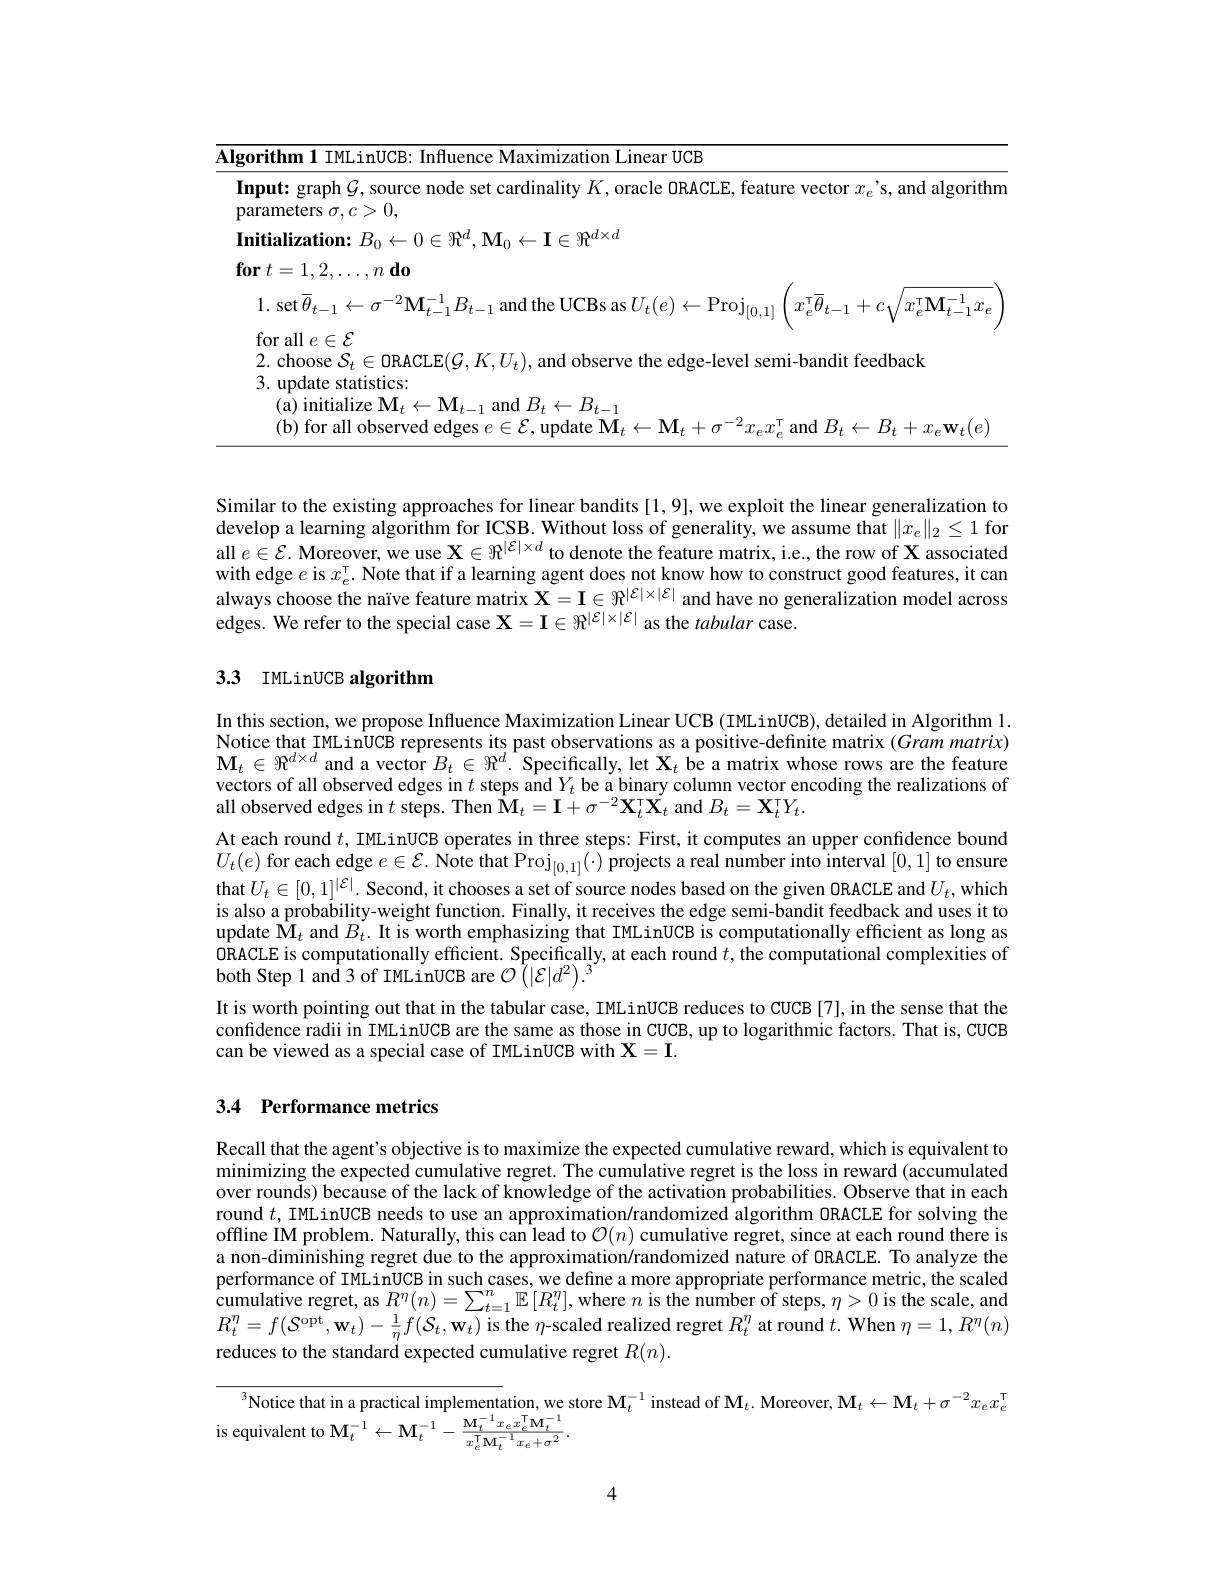
<table>
	<tbody>
		<tr>
			<td>$|gorithm||M|.in||CR.$ $\cdot|nHlenc$ $e$ Maximization Linear UCB</td>
			<td>$\overline{\mathbf{Alg}}$</td>
			<td>$\Upsilon n$ ${\mathrm{e~Maximization~Linear~UCB}}$</td>
		</tr>
		<tr>
			<td> </td>
			<td> </td>
			<td>$P$ $\cdot \textbf{W}, ( \rho$</td>
		</tr>
	</tbody>
</table>

Similar to the existing approaches for linear bandits [1,9],we exploit the linear generalization to develop a learning algorithm for ICSB. Without loss of generality, we assume that $\|x_e\|_2\leq1$ for all $e\in\mathcal{E}.$ Moreover, we use $\mathbf{X}\in\Re^|\mathcal{E}|\times d$ to denote the feature matrix, i.e., the row of $\mathbf{X}$ associated with edge $e$ is $x_e^\mathrm{\tau } . \textbf{ Note that if a learning agent does not know how to construct good features, it canthe pres theres theres theres theres theres theres theres theres theres theres theres theres theres theres heres theres theres theres theres the}$ always choose the naïve feature matrix $\mathbf{X}=\mathbf{I}\in\Re^{|\mathcal{E}|\times|\mathcal{E}|}$ and have no generalization model across edges. We refer to the special case $\mathbf{X}=\mathbf{I}\in\Re^{|\mathcal{E}|\times|\mathcal{E}|}$ as the tabular case.

## 3.3 IMLinUCB algorithm

In this section, we propose Influence Maximization Linear UCB (IMLinUCB), detailed in Algorithm l Notice that IMLinUCB represents its past observations as a positive-defnite matrix $(Grammatrix)$ $\mathbf{M}_t\in\Re^{d\times d}$ and a vector $B_t\in\Re^d.$ Specifically, let $\mathbf{X}_t$ be a matrix whose rows are the feature vectors of all observed edges in $t$ steps and $Y_t$ be a binary column vector encoding the realizations of all observed edges in $t$ steps. Then $\hat{\mathbf{M}}_t=\mathbf{I}+\sigma^{-2}\mathbf{X}_t^{\top}\mathbf{X}_t$ and $B_t=\mathbf{X}_t^{\top}Y_t.$
At each round $t$, IMLinUCB operates in three steps: First, it computes an upper confidence bound $U_{t}(e)$ for each edge $e\in \mathcal{E} . \text{ Note that Proj}_{[ 0, 1] }( \cdot )$ projects a real number into interval [0,1] to ensure that $U_t\in[0,1]^{|\mathcal{E}|}$. Second, it chooses a set of source nodes based on the given ORACLE and $U_t$, which is also a probability-weight function. Finally, it receives the edge semi-bandit feedback and uses it to update $\hat{\mathbf{M}}_t$ and $B_t.$ It is worth emphasizing that IMLinUCB is computationally efficient as long as 0RACLE is computationally efficient. Specifically, at each round $t$, the computational complexities of both Step 1 and 3 of IMLinUCB are $\mathcal{O}\left(|\mathcal{E}|d^{2}\right).^{2}$
It is worth pointing out that in the tabular case, IMLinUCB reduces to CUCB[7], in the sense that the confidence radii in IMLinUCB are the same as those in CUCB, up to logarithmic factors. That is, CUCB can be viewed as a special case of IMLinUCB with $\mathbf{X}=\mathbf{I}.$

## 3.4 Performance metrics

Recall that the agent's objective is to maximize the expected cumulative reward, which is equivalent to minimizing the expected cumulative regret. The cumulative regret is the loss in reward (accumulated over rounds) because of the lack of knowledge of the activation probabilities. Observe that in each round $t$, IMLinUCB needs to use an approximation/randomized algorithm ORACLE for solving the offline IM problem. Naturally, this can lead to $\mathcal{O}(n)$ cumulative regret, since at each round there is a non-diminishing regret due to the approximation/randomized nature of ORACLE. To analyze the performance of IMLinUCB in such cases, we define a more appropriate performance metric, the scaled $\hat {\text{cumulative regret, as }R}^n( n) = \sum _{t= 1}^n\mathbb{E} \left [ R_t^n\right ] $, where $n$ is the number of steps, $\eta>0$ is the scale, and $R_{t}^{\eta}=f(\mathcal{S}^{\mathrm{opt}},\mathbf{w}_{t})-\frac1\eta f(\mathcal{S}_{t},\mathbf{w}_{t})$ is the $\eta$-scaled realized regret $R_t^\eta$ at round $t. \textbf{When }\eta = 1, R^\eta ( n)$ reduces to the standard expected cumulative regret $R(n).$

$^3$Notice that in a practical implementation, we store $\mathbf{M}_t^{-1}$ instead of $\mathbf{M}_t.$ Moreover, $\mathbf{M}_t\leftarrow\mathbf{M}_t+\sigma^{-2}x_ex_e^\top$
is equivalent to $\mathbf{M}_{t}^{-1}\leftarrow\mathbf{M}_{t}^{-1}-\frac{\mathbf{M}_{t}^{-1}x_{e}x_{e}^{\mathrm{T}}\mathbf{M}_{t}^{-1}}{x_{e}^{\mathrm{T}}\mathbf{M}_{t}^{-1}x_{e}+\sigma^{2}}.$